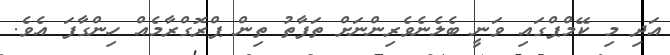
އަދި މި ކޭމްޕްގައި ވަނީ ބެލެނެވެރިންނަށް ތަފާތު ތިން ޕްރޮގްރާމެއް ހިންގާފަ އެވެ.